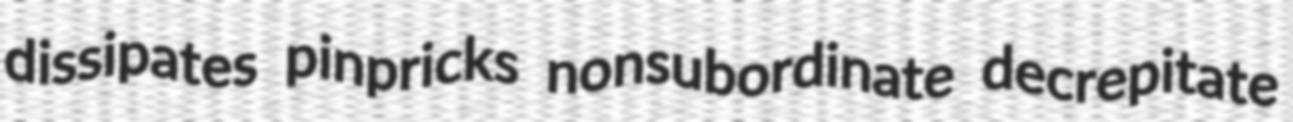
dissipates pinpricks nonsubordinate decrepitate